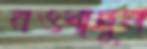
নওশাদুল